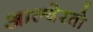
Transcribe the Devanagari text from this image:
आल्वेरतो